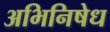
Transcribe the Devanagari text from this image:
अभिनिषेध